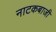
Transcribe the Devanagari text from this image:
नाटकबाजी